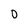
Character: 0